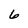
Character: 6